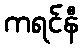
ကရင်နီ